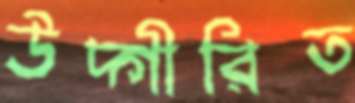
উদ্‌গীরিত